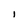
Character: i